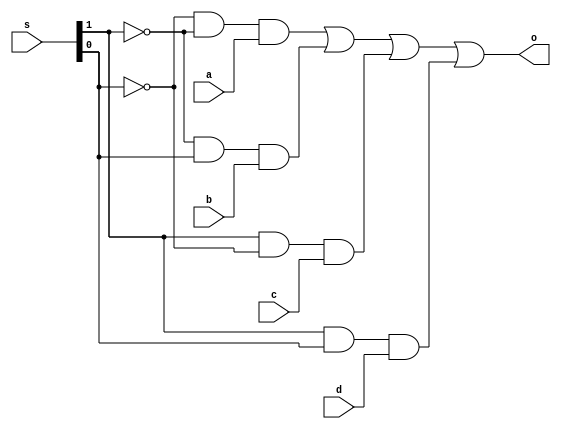
module mux2(o,a,b,c,d,s); 
input [1:0]s; 
input [3:0]a,b,c,d; 
output [3:0]o; 
assign o=(~s[0]&~s[1]&a)|(~s[1]&s[0]&b)|(s[1]&~s[0]&c)|(s[1]&s[0]&d); 
endmodule 
 
module  df2(input d,s,w,s2,output q1); 
wire r,s1,q2,q3; 
assign s1=~(d&s&w&s2); 
assign r=~(~(d)&s&w&s2); 
assign q3=~(s1&q2),q2=~(r&q1); 
assign q1=q3&s&~(w); 
endmodule 

module sram4(d,s,s1,w,o); 
input [3:0]d; 
input w; 
input [1:0]s,s1; 
output [3:0]o; 
wire [3:0]o1,o2,o3,o4; 
wire c1,c2,c3,c4,e1,e2,e3,e4; 
assign c1=(~s[0]&~s[1]); 
assign c2=(~s[1]&s[0]); 
assign c3=(s[1]&~s[0]); 
assign c4=(s[1]&s[0]); 
assign e1=(~s1[0]&~s1[1]); 
assign e2=(~s1[1]&s1[0]); 
assign e3=(s1[1]&~s1[0]); 
assign e4=(s1[1]&s1[0]); 
df2 r1(d[0],e1,w,c1,o1[0]); 
df2 r2(d[1],e2,w,c1,o1[1]); 
df2 r3(d[2],e3,w,c1,o1[2]); 
df2 r4(d[3],e4,w,c1,o1[3]); 
df2 r5(d[0],e1,w,c2,o2[0]); 
df2 r6(d[1],e2,w,c2,o2[1]); 
df2 r7(d[2],e3,w,c2,o2[2]); 
df2 r8(d[3],e4,w,c2,o2[3]); 
df2 r9(d[0],e1,w,c3,o3[0]); 
df2 r10(d[1],e2,w,c3,o3[1]); 
df2 r11(d[2],e3,w,c3,o3[2]); 
df2 r12(d[3],e4,w,c3,o3[3]); 
df2 r13(d[0],e1,w,c4,o4[0]); 
df2 r14(d[1],e2,w,c4,o4[1]); 
df2 r15(d[2],e3,w,c4,o4[2]); 
df2 r16(d[3],e4,w,c4,o4[3]); 
mux2 m1(o,o1,o2,o3,o4,s); 
endmodule